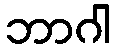
ဘာဂါ